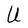
Character: U